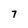
Character: 7